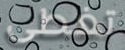
تغطى